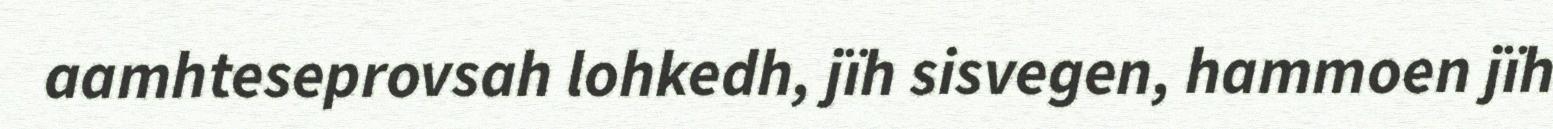
aamhteseprovsah lohkedh, jïh sisvegen, hammoen jïh